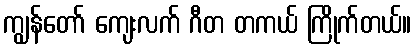
ကျွန်တော် ကျေးလက် ဂီတ တကယ် ကြိုက်တယ်။